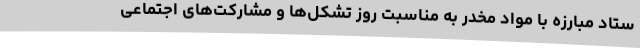
ستاد مبارزه با مواد مخدر به مناسبت روز تشکل‌ها و مشارکت‌های اجتماعی